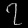
Digit: ၇